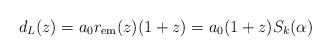
LaTeX: \begin{align*}d_L(z) = a_0 r_{\rm em}(z) (1+z) = a_0 (1+z) S_k(\alpha) \end{align*}